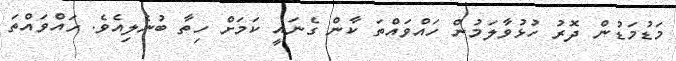
މަޑުމަޑުން ދޮރު ހުޅުވާލަމުން ހައްވައްތަ ކާން ގެނައީ ކަމަށް ހިތާ ބުނެލިއެވެ. ހައްވައްތަ